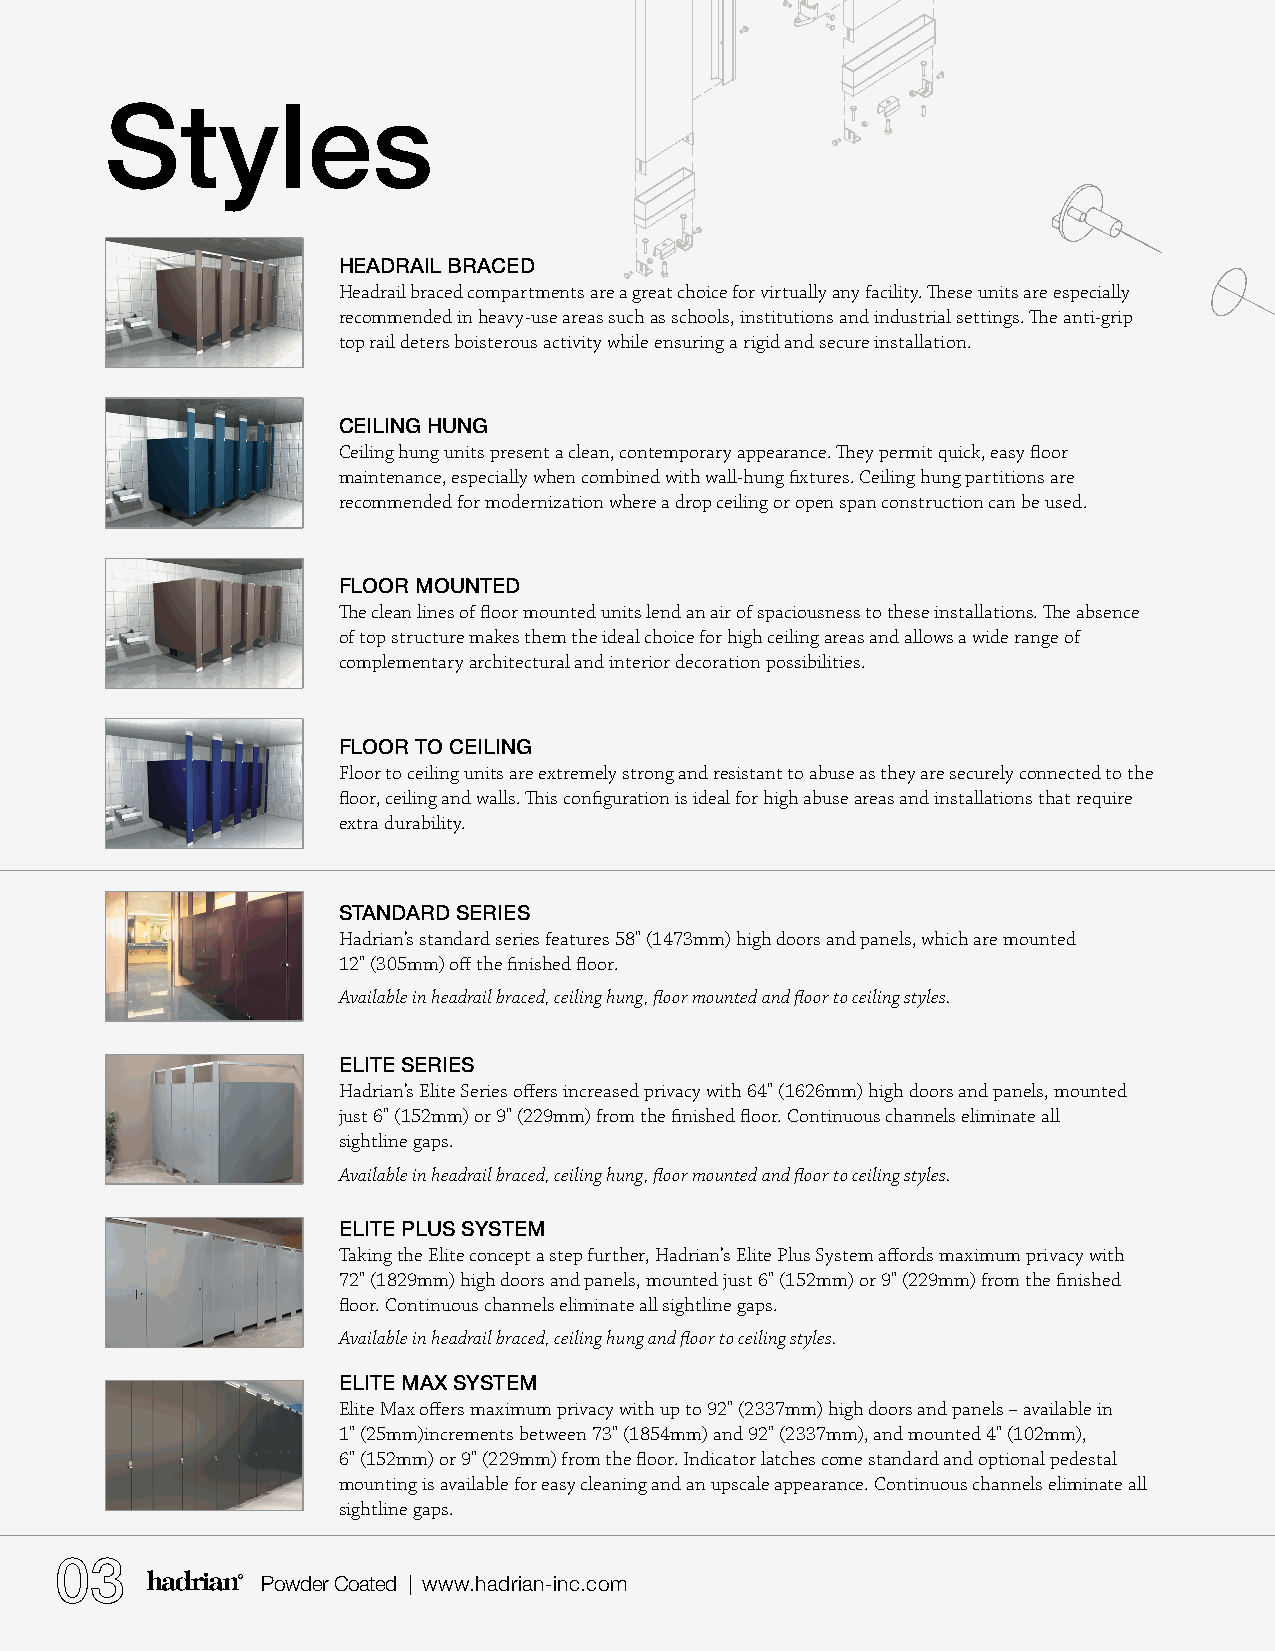
Styles
 HEADRAIL BRACED
 Headrail braced compartments are a great choice for virtually any facility. These units are especially
 recommended in heavy-use areas such as schools, institutions and industrial settings. The anti-grip
 top rail deters boisterous activity while ensuring a rigid and secure installation.
 CEILING HUNG
 Ceiling hung units present a clean, contemporary appearance. They permit quick, easy floor
 maintenance, especially when combined with wall-hung fixtures. Ceiling hung partitions are
 recommended for modernization where a drop ceiling or open span construction can be used.
 FLOOR MOUNTED
 The clean lines of floor mounted units lend an air of spaciousness to these installations. The absence
 of top structure makes them the ideal choice for high ceiling areas and allows a wide range of
 complementary architectural and interior decoration possibilities.
 FLOOR TO CEILING
 Floor to ceiling units are extremely strong and resistant to abuse as they are securely connected to the
 floor, ceiling and walls. This configuration is ideal for high abuse areas and installations that require
 extra durability.
 STANDARD SERIES
 Hadrian’s standard series features 58" (1473mm) high doors and panels, which are mounted
 12" (305mm) off the finished floor.
 Available in headrail braced, ceiling hung, floor mounted and floor to ceiling styles.
 ELITE SERIES
 Hadrian’s Elite Series offers increased privacy with 64" (1626mm) high doors and panels, mounted
 just 6" (152mm) or 9" (229mm) from the finished floor. Continuous channels eliminate all
 sightline gaps.
 Available in headrail braced, ceiling hung, floor mounted and floor to ceiling styles.
 ELITE PLUS SYSTEM
 Taking the Elite concept a step further, Hadrian’s Elite Plus System affords maximum privacy with
 72" (1829mm) high doors and panels, mounted just 6" (152mm) or 9" (229mm) from the finished
 floor. Continuous channels eliminate all sightline gaps.
 Available in headrail braced, ceiling hung and floor to ceiling styles.
 ELITE MAX SYSTEM
 Elite Max offers maximum privacy with up to 92" (2337mm) high doors and panels – available in
 1" (25mm)increments between 73" (1854mm) and 92" (2337mm), and mounted 4" (102mm),
 6" (152mm) or 9" (229mm) from the floor. Indicator latches come standard and optional pedestal
 mounting is available for easy cleaning and an upscale appearance. Continuous channels eliminate all
 sightline gaps.
 03
 Powder Coated | www.hadrian-inc.com